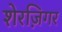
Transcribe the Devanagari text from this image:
शेरज़िगर